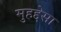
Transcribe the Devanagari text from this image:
मुहद्देसा